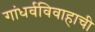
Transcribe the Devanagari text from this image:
गांधर्वविवाहाची